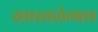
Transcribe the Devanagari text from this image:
खारतळेगाव